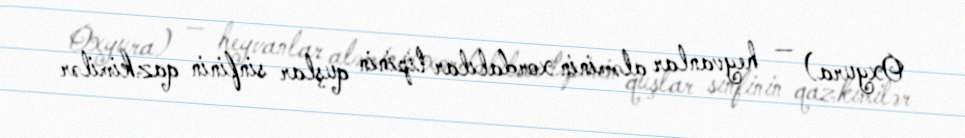
Oxyura) — heyvanlar aləminin xordalılar tipinin quşlar sinfinin qazkimilər